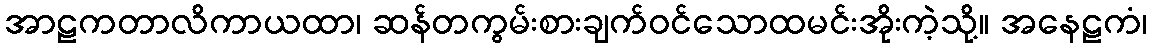
အာဠကတာလိကာယထာ၊ ဆန်တကွမ်းစားချက်ဝင်သောထမင်းအိုးကဲ့သို့။ အနေဠကံ၊